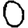
Digit: 0